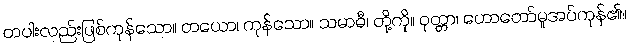
တပါးလည်းဖြစ်ကုန်သော။ တယော၊ ကုန်သော။ သမာဓီ၊ တို့ကို။ ဝုတ္တာ၊ ဟောတော်မူအပ်ကုန်၏။